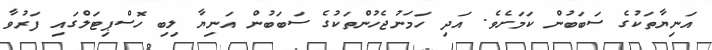
އަނިޔާތަކުގެ ސަބަބުން ކަމަށެވެ. އަދި ހަމަނުޖެހުންތަކުގެ ސަބަބުން އަނިޔާ ލިބި ހޮސްޕިޓަލްގައި ފަރުވާ